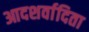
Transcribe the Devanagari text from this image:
आदशर्वादिता